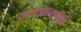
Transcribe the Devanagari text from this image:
तत्त्वज्ञानाचीही